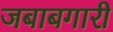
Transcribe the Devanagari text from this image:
जबाबगारी